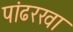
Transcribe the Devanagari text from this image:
पांढरखा